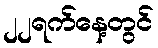
၂၂ရက်နေ့တွင်